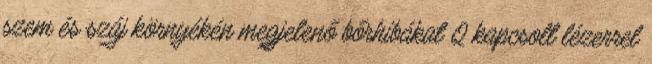
szem és száj környékén megjelenő bőrhibákat Q kapcsolt lézerrel